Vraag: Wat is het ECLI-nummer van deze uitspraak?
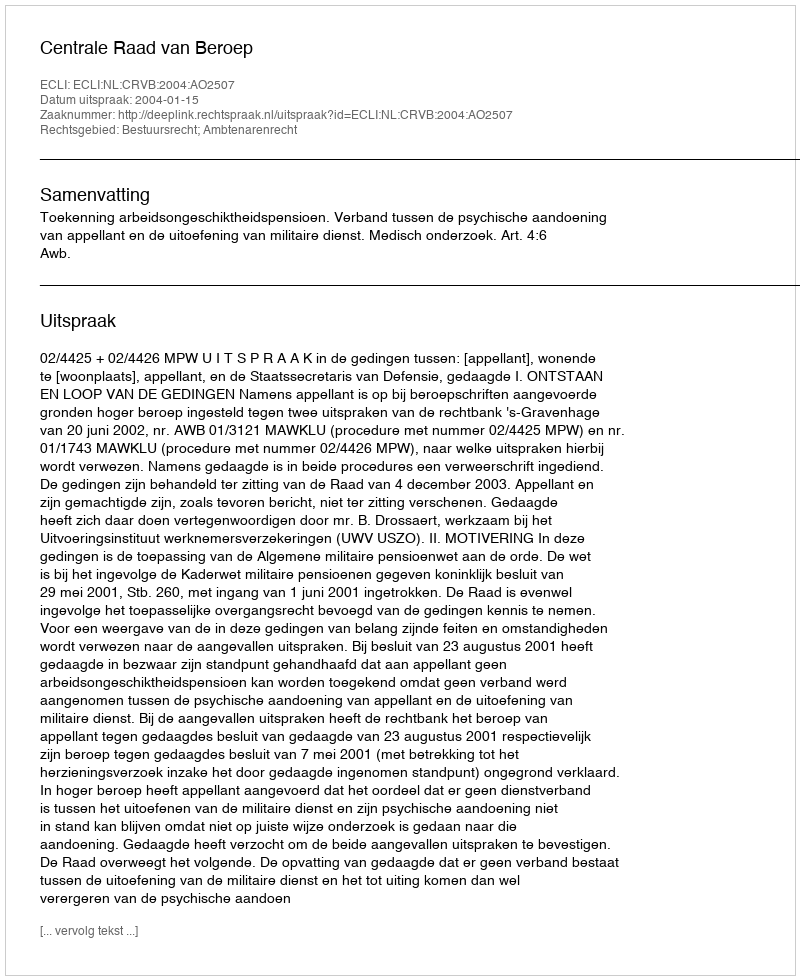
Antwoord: ECLI:NL:CRVB:2004:AO2507